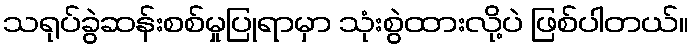
သရုပ်ခွဲဆန်းစစ်မှုပြုရာမှာ သုံးစွဲထားလို့ပဲ ဖြစ်ပါတယ်။